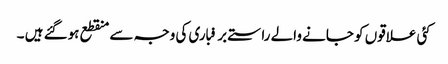
کئی علاقوں کو جانے والے راستے برفباری کی وجہ سے منقطع ہوگئے ہیں ۔